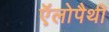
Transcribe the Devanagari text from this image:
ऍलोपैथी